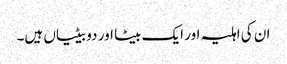
ان کی اہلیہ اور ایک بیٹا اور دو بیٹیاں ہیں۔